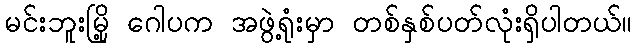
မင်းဘူးမြို့ ဂေါပက အဖွဲ့ရုံးမှာ တစ်နှစ်ပတ်လုံးရှိပါတယ်။